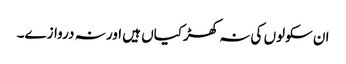
ان سکولوں کی نہ کھڑکیاں ہیں اور نہ دروازے۔